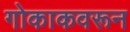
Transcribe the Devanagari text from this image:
गोकाकवरून